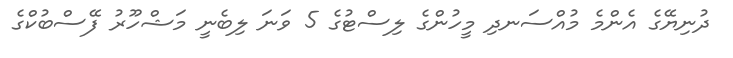
ދުނިޔޭގެ އެންމެ މުއްސަނދި މީހުންގެ ލިސްޓުގެ 5 ވަނަ ލިބެނީ މަޝްހޫރު ފޭސްބުކްގެ